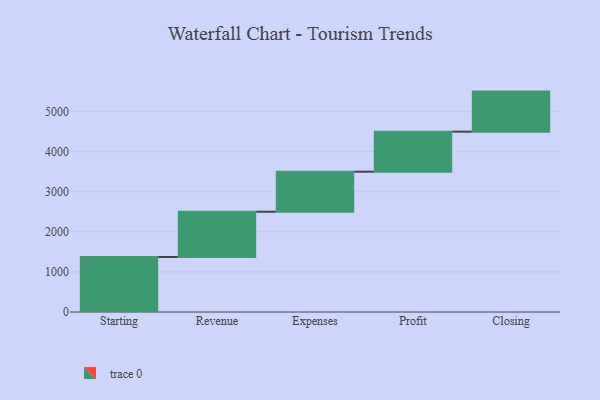
{"axis": {"x": "Step", "y": "Value"}, "legend": [""], "data": [{"x": "Starting", "y": 1373.0, "type": ""}, {"x": "Revenue", "y": 1131.0, "type": ""}, {"x": "Expenses", "y": 1000, "type": ""}, {"x": "Profit", "y": 1000, "type": ""}, {"x": "Closing", "y": 1000, "type": ""}]}